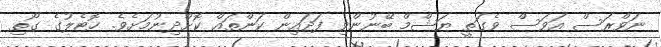
ނަވްރަސް އަވަސް ވެގަތީ ޔަޝްމް ބޭނުންވި ފަދައިން ކަންތައް ކޮށްދިނުމަށެވެ. ހޮޓެލުގެ ގޯތި